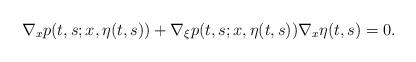
LaTeX: \begin{align*}\nabla_x p(t,s;x,\eta(t,s))+\nabla_\xi p(t,s;x,\eta(t,s)) \nabla_x \eta(t,s)=0.\end{align*}